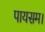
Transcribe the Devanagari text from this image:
पायसम।